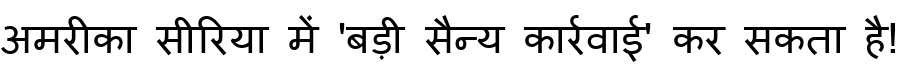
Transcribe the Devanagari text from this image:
अमरीका सीरिया में 'बड़ी सैन्य कार्रवाई' कर सकता है!